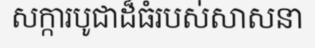
សក្ការបូជាដ៏ធំរបស់សាសនា